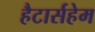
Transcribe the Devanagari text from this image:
हैटार्सहेम